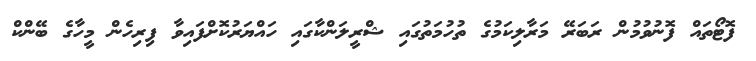
ފޮޓޯތައް ފޮނުވުމުން ރަބަރޭ މަރާލިކަމުގެ ތުހުމަތުގައި ޝްރީލަންކާގައި ހައްޔަރުކޮށްފައިވާ ފިރިހެން މީހާގެ ބޭންކް